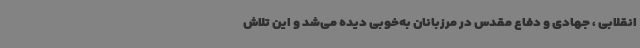
انقلابی ، جهادی و دفاع مقدس در مرزبانان به‌خوبی دیده می‌شد و این تلاش